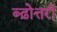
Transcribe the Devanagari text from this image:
ब्ढ़ोत्तरी